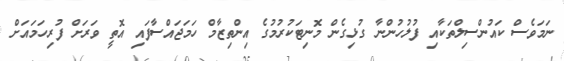
ނަމަވެސް ކައުންސިލްތަކާއި ފުލުހުންނާ ގުޅިގެން މޮނިޓަކުރުމުގެ އިންތިޒާމް ހަމަޖައްސާފައި އޮތީ ވަރަށް ފުރިހަމައަށް